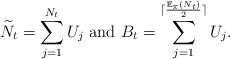
LaTeX: \begin{align*} \widetilde{N}_t = \sum_{j=1}^{N_t} U_j \mbox{ and } B_t=\sum_{j=1}^{\lceil \frac{\mathbb{E}_\pi(N_t)}{2} \rceil} U_j.\end{align*}